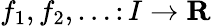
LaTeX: f_{1},f_{2},\dotsc\colon I\rightarrow\mathbf{R}